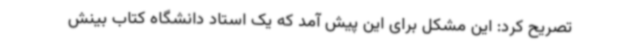
تصریح کرد: این مشکل برای این پیش آمد که یک استاد دانشگاه کتاب بینش